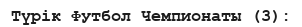
Түрік Футбол Чемпионаты (3):